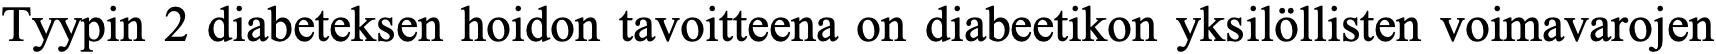
Tyypin 2 diabeteksen hoidon tavoitteena on diabeetikon yksilöllisten voimavarojen